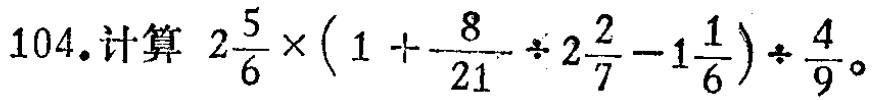
104. 计算 \(2\frac{5}{6}\times(1 + \frac{8}{21}\div2\frac{2}{7}-1\frac{1}{6})\div\frac{4}{9}\)。